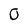
Character: 0